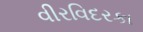
વીરવિદરકા